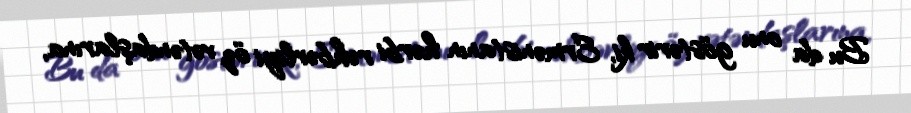
Bu da onu göstərir ki, Ermənistanın hərbi rəhbərliyi öz vətəndaşlarına,